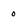
Character: o